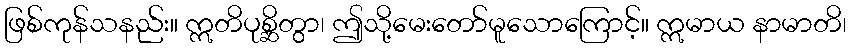
ဖြစ်ကုန်သနည်း။ ဣတိပုစ္ဆိတွာ၊ ဤသို့မေးတော်မူသောကြောင့်။ ဣမာယ နာမာတိ၊